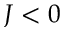
J < 0